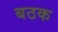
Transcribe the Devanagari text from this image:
बठक